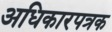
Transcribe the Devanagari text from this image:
अधिकारपत्रक